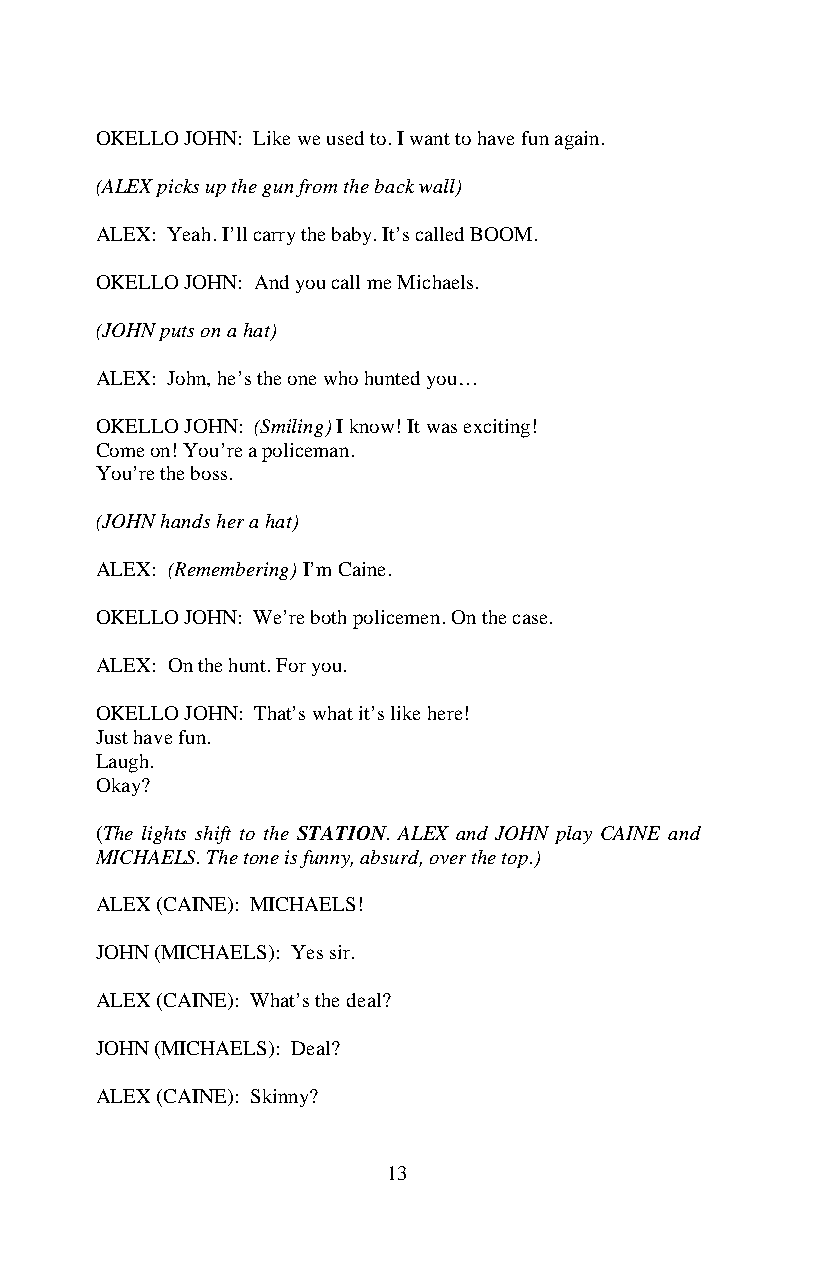
OKELLO JOHN: Like we used to. I want to have fun again.
 (ALEX picks up the gun from the back wall)
 ALEX: Yeah. I’ll carry the baby. It’s called BOOM.
 OKELLO JOHN: And you call me Michaels.
 (JOHN puts on a hat)
 ALEX: John, he’s the one who hunted you…
 OKELLO JOHN: (Smiling) I know! It was exciting!
 Come on! You’re a policeman.
 You’re the boss.
 (JOHN hands her a hat)
 ALEX: (Remembering) I’m Caine.
 OKELLO JOHN: We’re both policemen. On the case.
 ALEX: On the hunt. For you.
 OKELLO JOHN: That’s what it’s like here!
 Just have fun.
 Laugh.
 Okay?
 (The lights shift to the STATION. ALEX and JOHN play CAINE and
 MICHAELS. The tone is funny, absurd, over the top.)
 ALEX (CAINE): MICHAELS!
 JOHN (MICHAELS): Yes sir.
 ALEX (CAINE): What’s the deal?
 JOHN (MICHAELS): Deal?
 ALEX (CAINE): Skinny?
 13